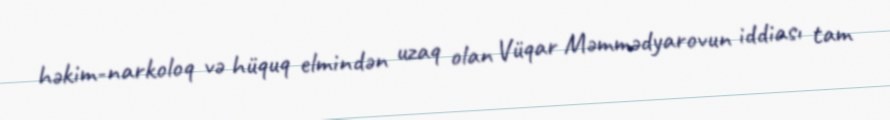
həkim-narkoloq və hüquq elmindən uzaq olan Vüqar Məmmədyarovun iddiası tam